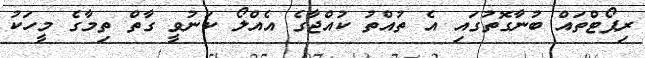
ރިޕޯޓްތައް ބުނާގޮތުގައި އެ ތުއްތު ކުއްޖާގެ އެއްލޯ ކަނުވީ ގާތް ތިމާގެ މީހަކު